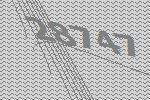
28747